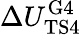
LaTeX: \Delta{U_{\mathrm{TS4}}^{\mathrm{G4}}}